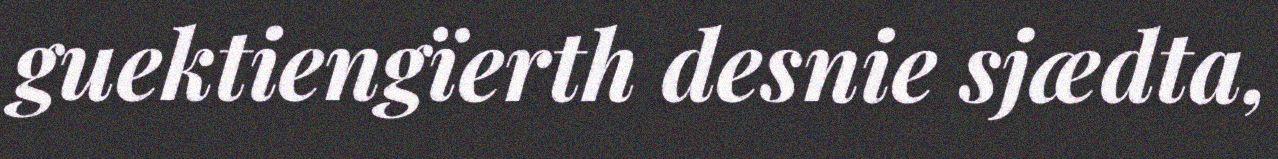
guektiengïerth desnie sjædta,